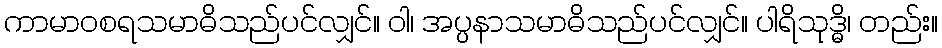
ကာမာဝစရသမာဓိသည်ပင်လျှင်။ ဝါ၊ အပ္ပနာသမာဓိသည်ပင်လျှင်။ ပါရိသုဒ္ဓိ၊ တည်း။